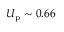
U _ { \mathrm { p } } \sim 0 . 6 6